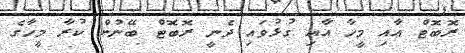
ރޮބޮޓް އާއި މީހާ އާއި ގުޅުވައި ދެނީ ރޮބޮޓް ބޭނުން ކުރާ މީހާގެ